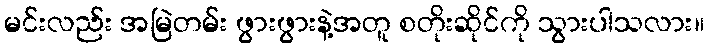
မင်းလည်း အမြဲတမ်း ဖွားဖွားနဲ့အတူ စတိုးဆိုင်ကို သွားပါသလား။